Leprosy in India: report of the Leprosy Commission in India, 1890-91
Year: 1890
Disease focus: Leprosy
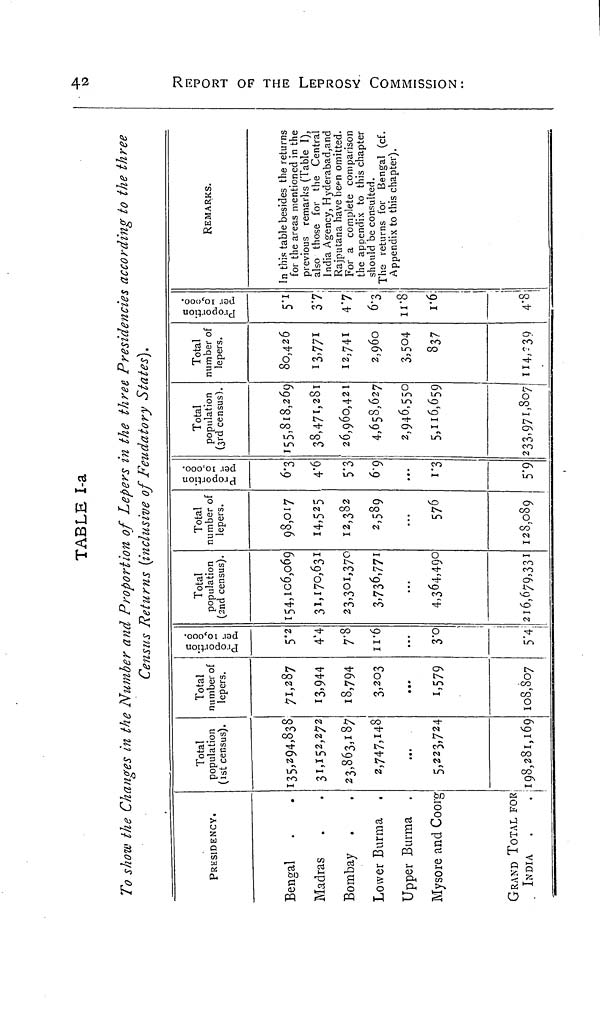
TABLE I-a
To show the Changes in the Number and Proportion of Lepers in the three Presidencies according to the three
Census Returns inclusive of Feudatory States).
PRESIDENCY.
Bengal
Madras
Bombay
Lower Burma
Upper Burma
Mysore and Coorg
GRAND TOTAL FOR
INDIA
Total
population
(1st census).
135,294,838
31,152,272
23,863,187
2,747,148
5,223,724
198,28l,l69
Total
number of
lepers.
71,287
13,944
18,794
3,203
1,579
108,807
Proportion
Per 10,000.
5.2
4'4
7.8
11.6
• • •
3.0
5.4
Total
population
(2nd census).
154,106,069
31,170,631
23,301,30
3,736,771
4,364,490
216,679,331
Total
number of
lepers.
98,017
I4,525
12,382
2,589
...
576
128,089
Proportion
Per 10,000
6.3
4.6
5.3
69
...
1.3
5.9
Total
population
(3rd census).
155,818,269
38,471,281
20,900,42 I
4,658,627
2,946,550
5,116,659
233,971,807
Total
number of
lepers.
80,426
13,771
12,741
2,960
3,504
837
114,239
Proportion
Per 10,000.
5.1
37
4.7
6.3
11.8
1.6
¡
i
4.8
REMARKS.
In this table besides the returns
for the areas mentioned in the
previous remarks (Table I),
also those for the Central
India Agency, Hyderabad,and
Rajputana have been omitted.
For a complete comparion
the appendix to this chapter
should be consulted.
The returns for Bengal (of.
Appendix to this chapter).
REPORT OF THE